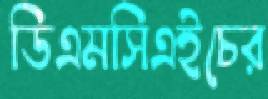
ডিএমসিএইচের